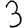
Digit: 3